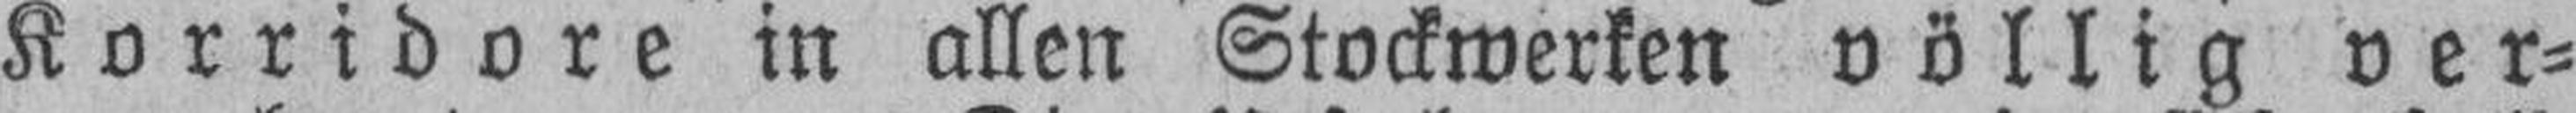
Korridore in allen Stockwerken völlig ver¬